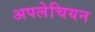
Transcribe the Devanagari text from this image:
अपलेचियन